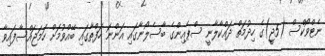
ނެޓްވޯކްސް (5ޖީ)ގެ ހިދުމަތް ދައްކާލާނީ ސްޕެއިންގެ ބާސެލޯނާގައި އަންނަ ހަފްތާގައި ބޭއްވުމަށް ހަމަޖައްސާފައިވާ